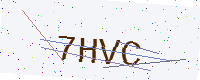
Text: 7HVC